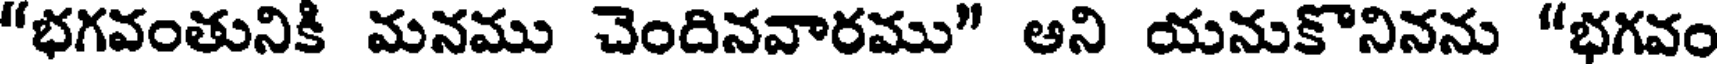
"భగవంతునికి మనము చెందినవారము" ఆని యనుకొనినను "భగవం